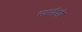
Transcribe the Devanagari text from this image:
सामीची